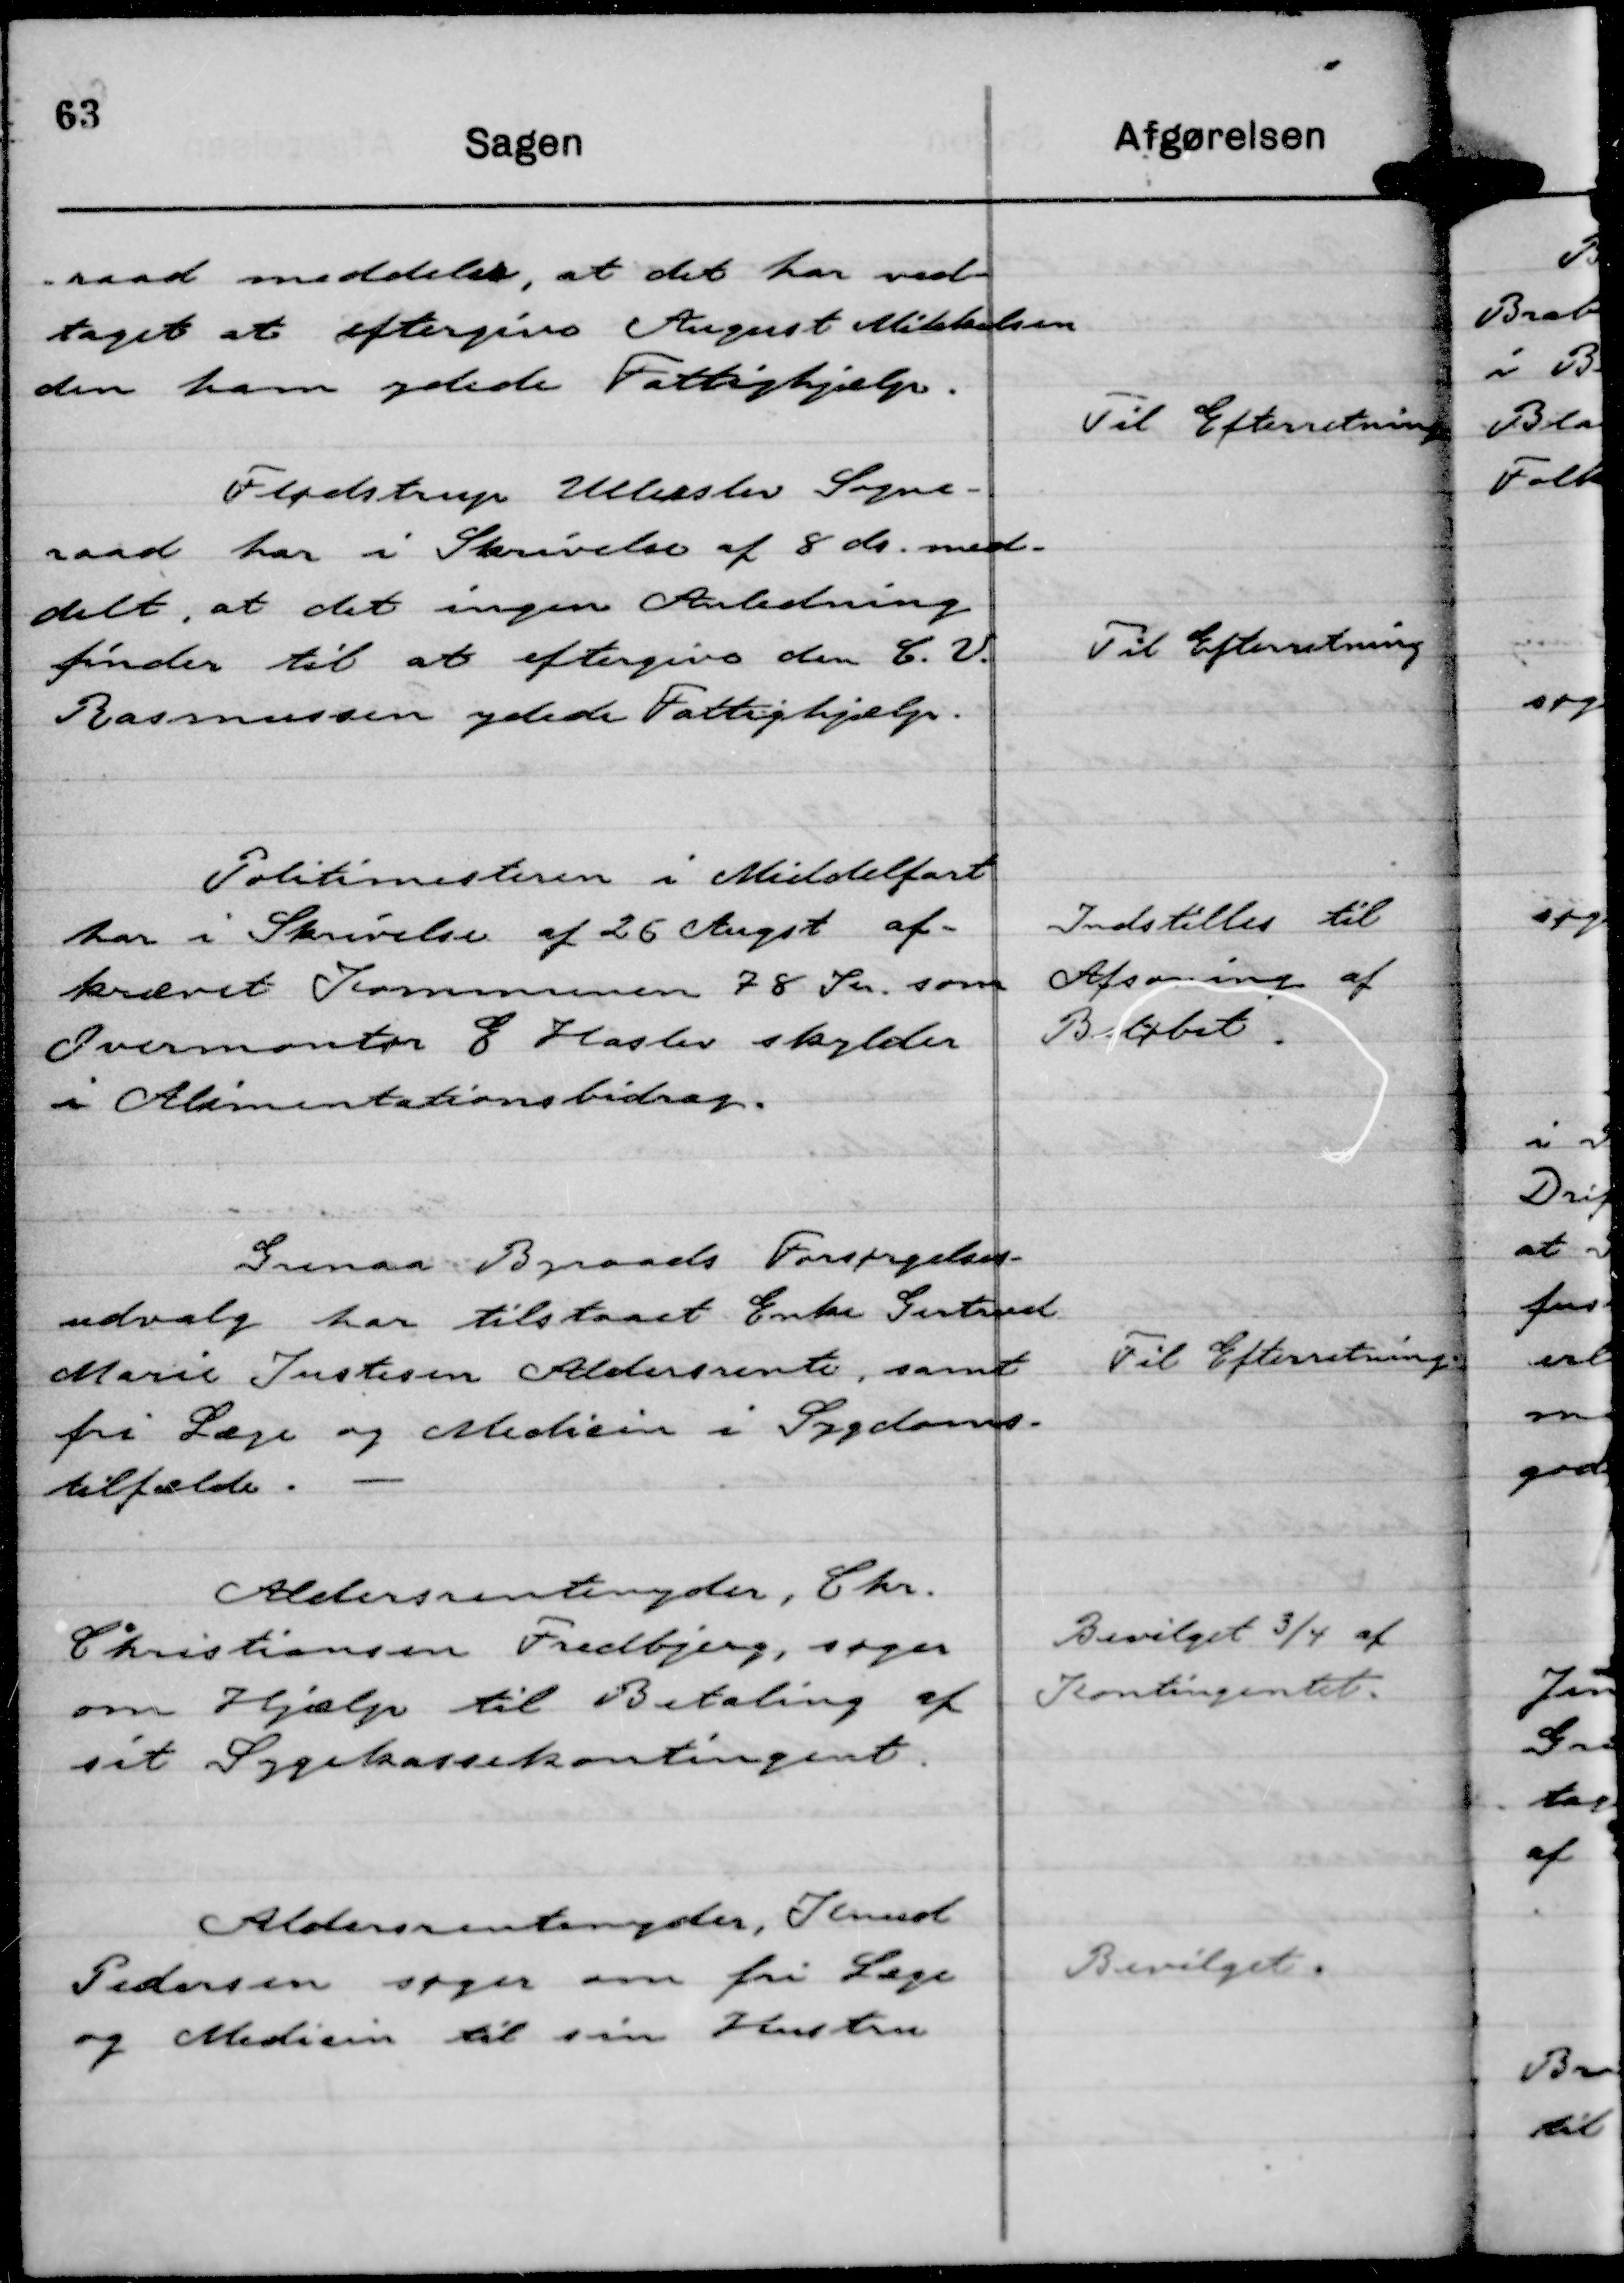
Transskription:
-raad meddeler, at det har ved-
taget at eftergive August Mikkelsen
den ham ydede Fattighjælp.

Til Efterretning

Flødstrup Ullerslev Sogne-
raad har i Skrivelse af 8 ds. med-
delt, at det ingen Anledning
finder til at eftergive den C. V.
Rasmussen ydede Fattighjælp.

Til Efterretning

Politimesteren i Middelfart
har i Skrivelse af 26 Augst af-
krævet Kommunen 78 Kr. som
Overmontør  E Haslev skylder
i Alimentationsbidrag.

Indstilles til
Afsoning af
Beløbet.

Grenaa Byraads Foresørgelses-
udvalg har tilstaaet Enke Gertrud
Marie Justesen Aldersrente, samt
fri Læge og Medicin i Sygdoms-
tilfælde.

Til Efterretning.

Aldersrentenyder, Chr.
Christiansen Fredbjerg, søger
om Hjælp til Betaling af
sit Sygekassekontingent.

Bevilget ¾ af
Kontingentet.

Aldersrentenyder, Knud
Pedersen søger om fri Læge
og Medicin til sin Hustru

Bevilget.